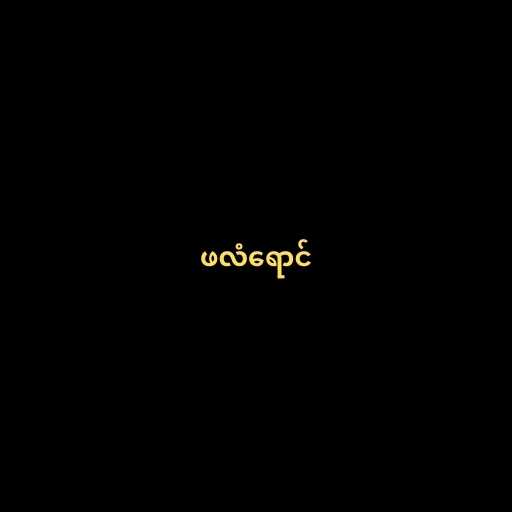
ဖလံရောင်